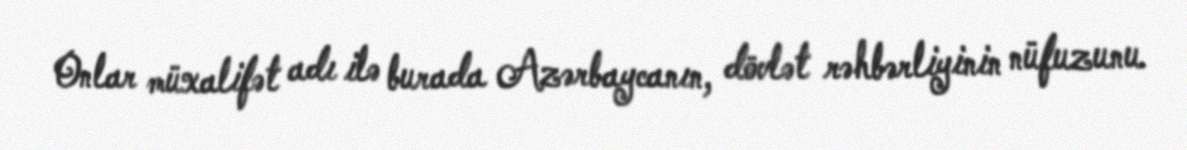
Onlar müxalifət adı ilə burada Azərbaycanın, dövlət rəhbərliyinin nüfuzunu